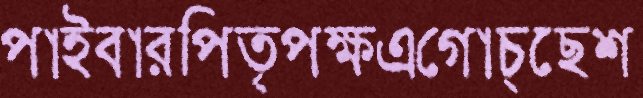
পাইবারপিতৃপক্ষএগোচ্ছেশ